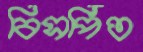
বিসর্পিত